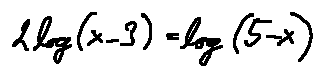
2 \log ( x - 3 ) = \log ( 5 - x )